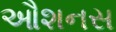
ઔશનસ